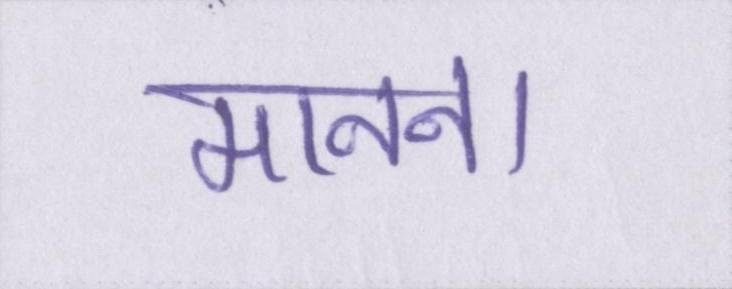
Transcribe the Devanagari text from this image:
मानना